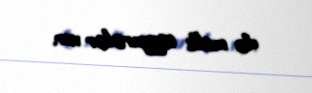
də mülki təyyarələr var.